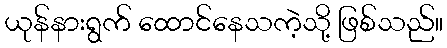
ယုန်နားရွက် ထောင်နေသကဲ့သို့ ဖြစ်သည်။